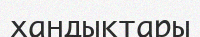
хандыктары